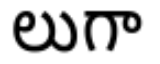
లుగా